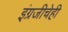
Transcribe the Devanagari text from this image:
इंग्रजीचेही